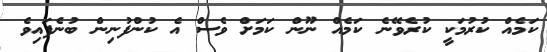
ކަމެއް ކުރުމަކީ ކުރެވޭނެ ކަމެއް ނޫން ކަމަށް ވެސް އެ ކުންފުނިން ބުނެފައިވެ